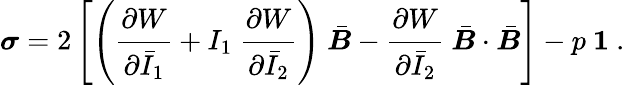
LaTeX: {\boldsymbol{\sigma}}=2\left[\left({\cfrac{\partial W}{\partial{\bar{I}}_{1}}}+I_{1}~{\cfrac{\partial W}{\partial{\bar{I}}_{2}}}\right)~{\bar{\boldsymbol{B}}}-{\cfrac{\partial W}{\partial{\bar{I}}_{2}}}~{\bar{\boldsymbol{B}}}\cdot{\bar{\boldsymbol{B}}}\right]-p~{\boldsymbol{\mathit{1}}}~.